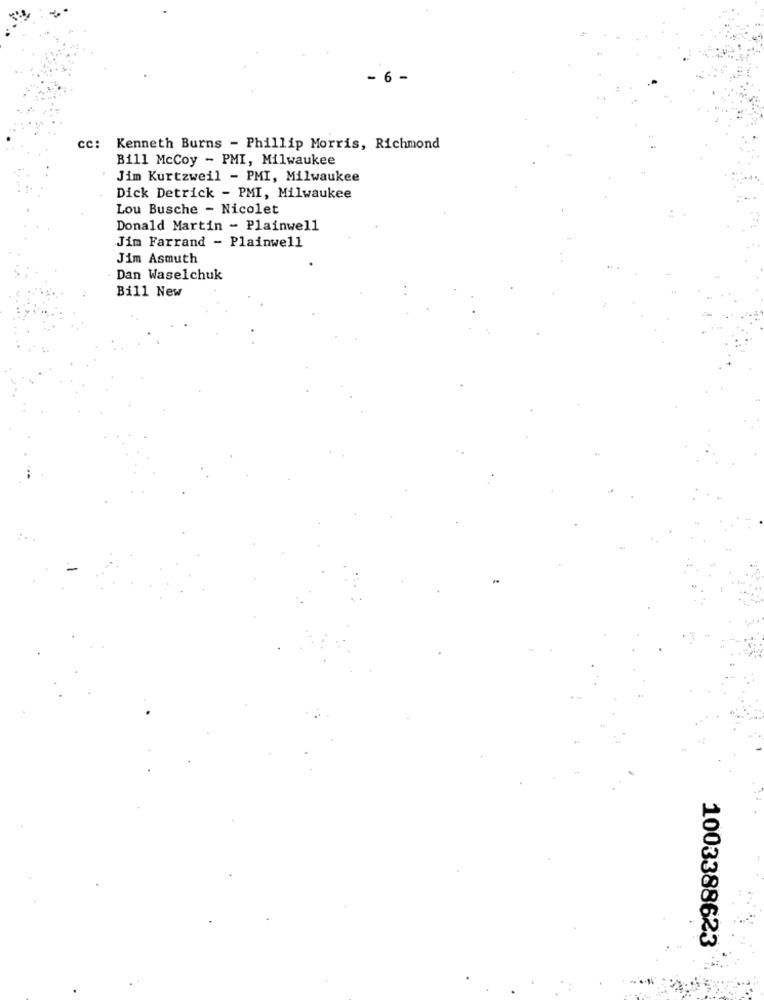
- 6 -
cc: Kenneth Burns - Phillip Morris, Richmond
Bill McCoy - PMI, Milwaukee
Jim Kurtzweil - PMI, Milwaukee
Dick Detrick - PMI, Milwaukee
Lou Busche - Nicolet
Donald Martin - Plainwell
Jim Farrand - Plainwell
Jim Asmuth
Dan Waselchuk
Bill New
1003388623